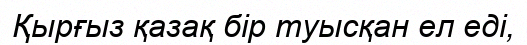
Қырғыз қазақ бір туысқан ел еді,